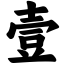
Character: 壹